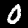
Digit: 0